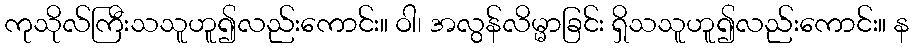
ကုသိုလ်ကြီးသသူဟူ၍လည်းကောင်း။ ဝါ၊ အလွန်လိမ္မာခြင်း ရှိသသူဟူ၍လည်းကောင်း။ န